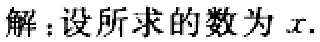
解：设所求的数为\(x\).